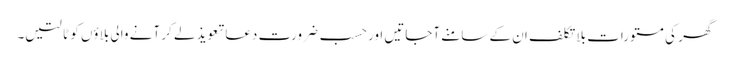
گھر کی مستورات بلا تکلف ان کے سامنے آجاتیں اور حسب ضرورت دعا تعویذ لے کر آنے والی بلاؤں کو ٹالتیں۔